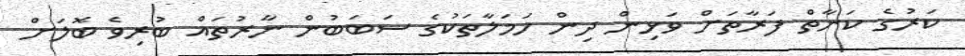
ކަރުގެ ކަނާތް ފަރާތަށް ވަޅިން ދިން ހަމަލާތަކުގެ ސަބަބުން ނާރުތައް ބުރިވެ ބޮލަށް